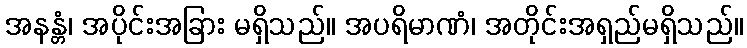
အနန္တံ၊ အပိုင်းအခြား မရှိသည်။ အပရိမာဏံ၊ အတိုင်းအရှည်မရှိသည်။